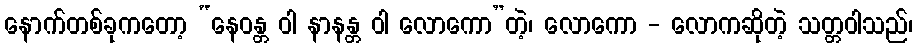
နောက်တစ်ခုကတော့ “နေဝန္တ ဝါ နာနန္တ ဝါ လောကော”တဲ့၊ လောကော - လောကဆိုတဲ့ သတ္တဝါသည်၊